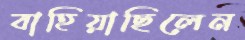
বাহিয়াছিলেন